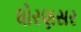
ધોરણસર